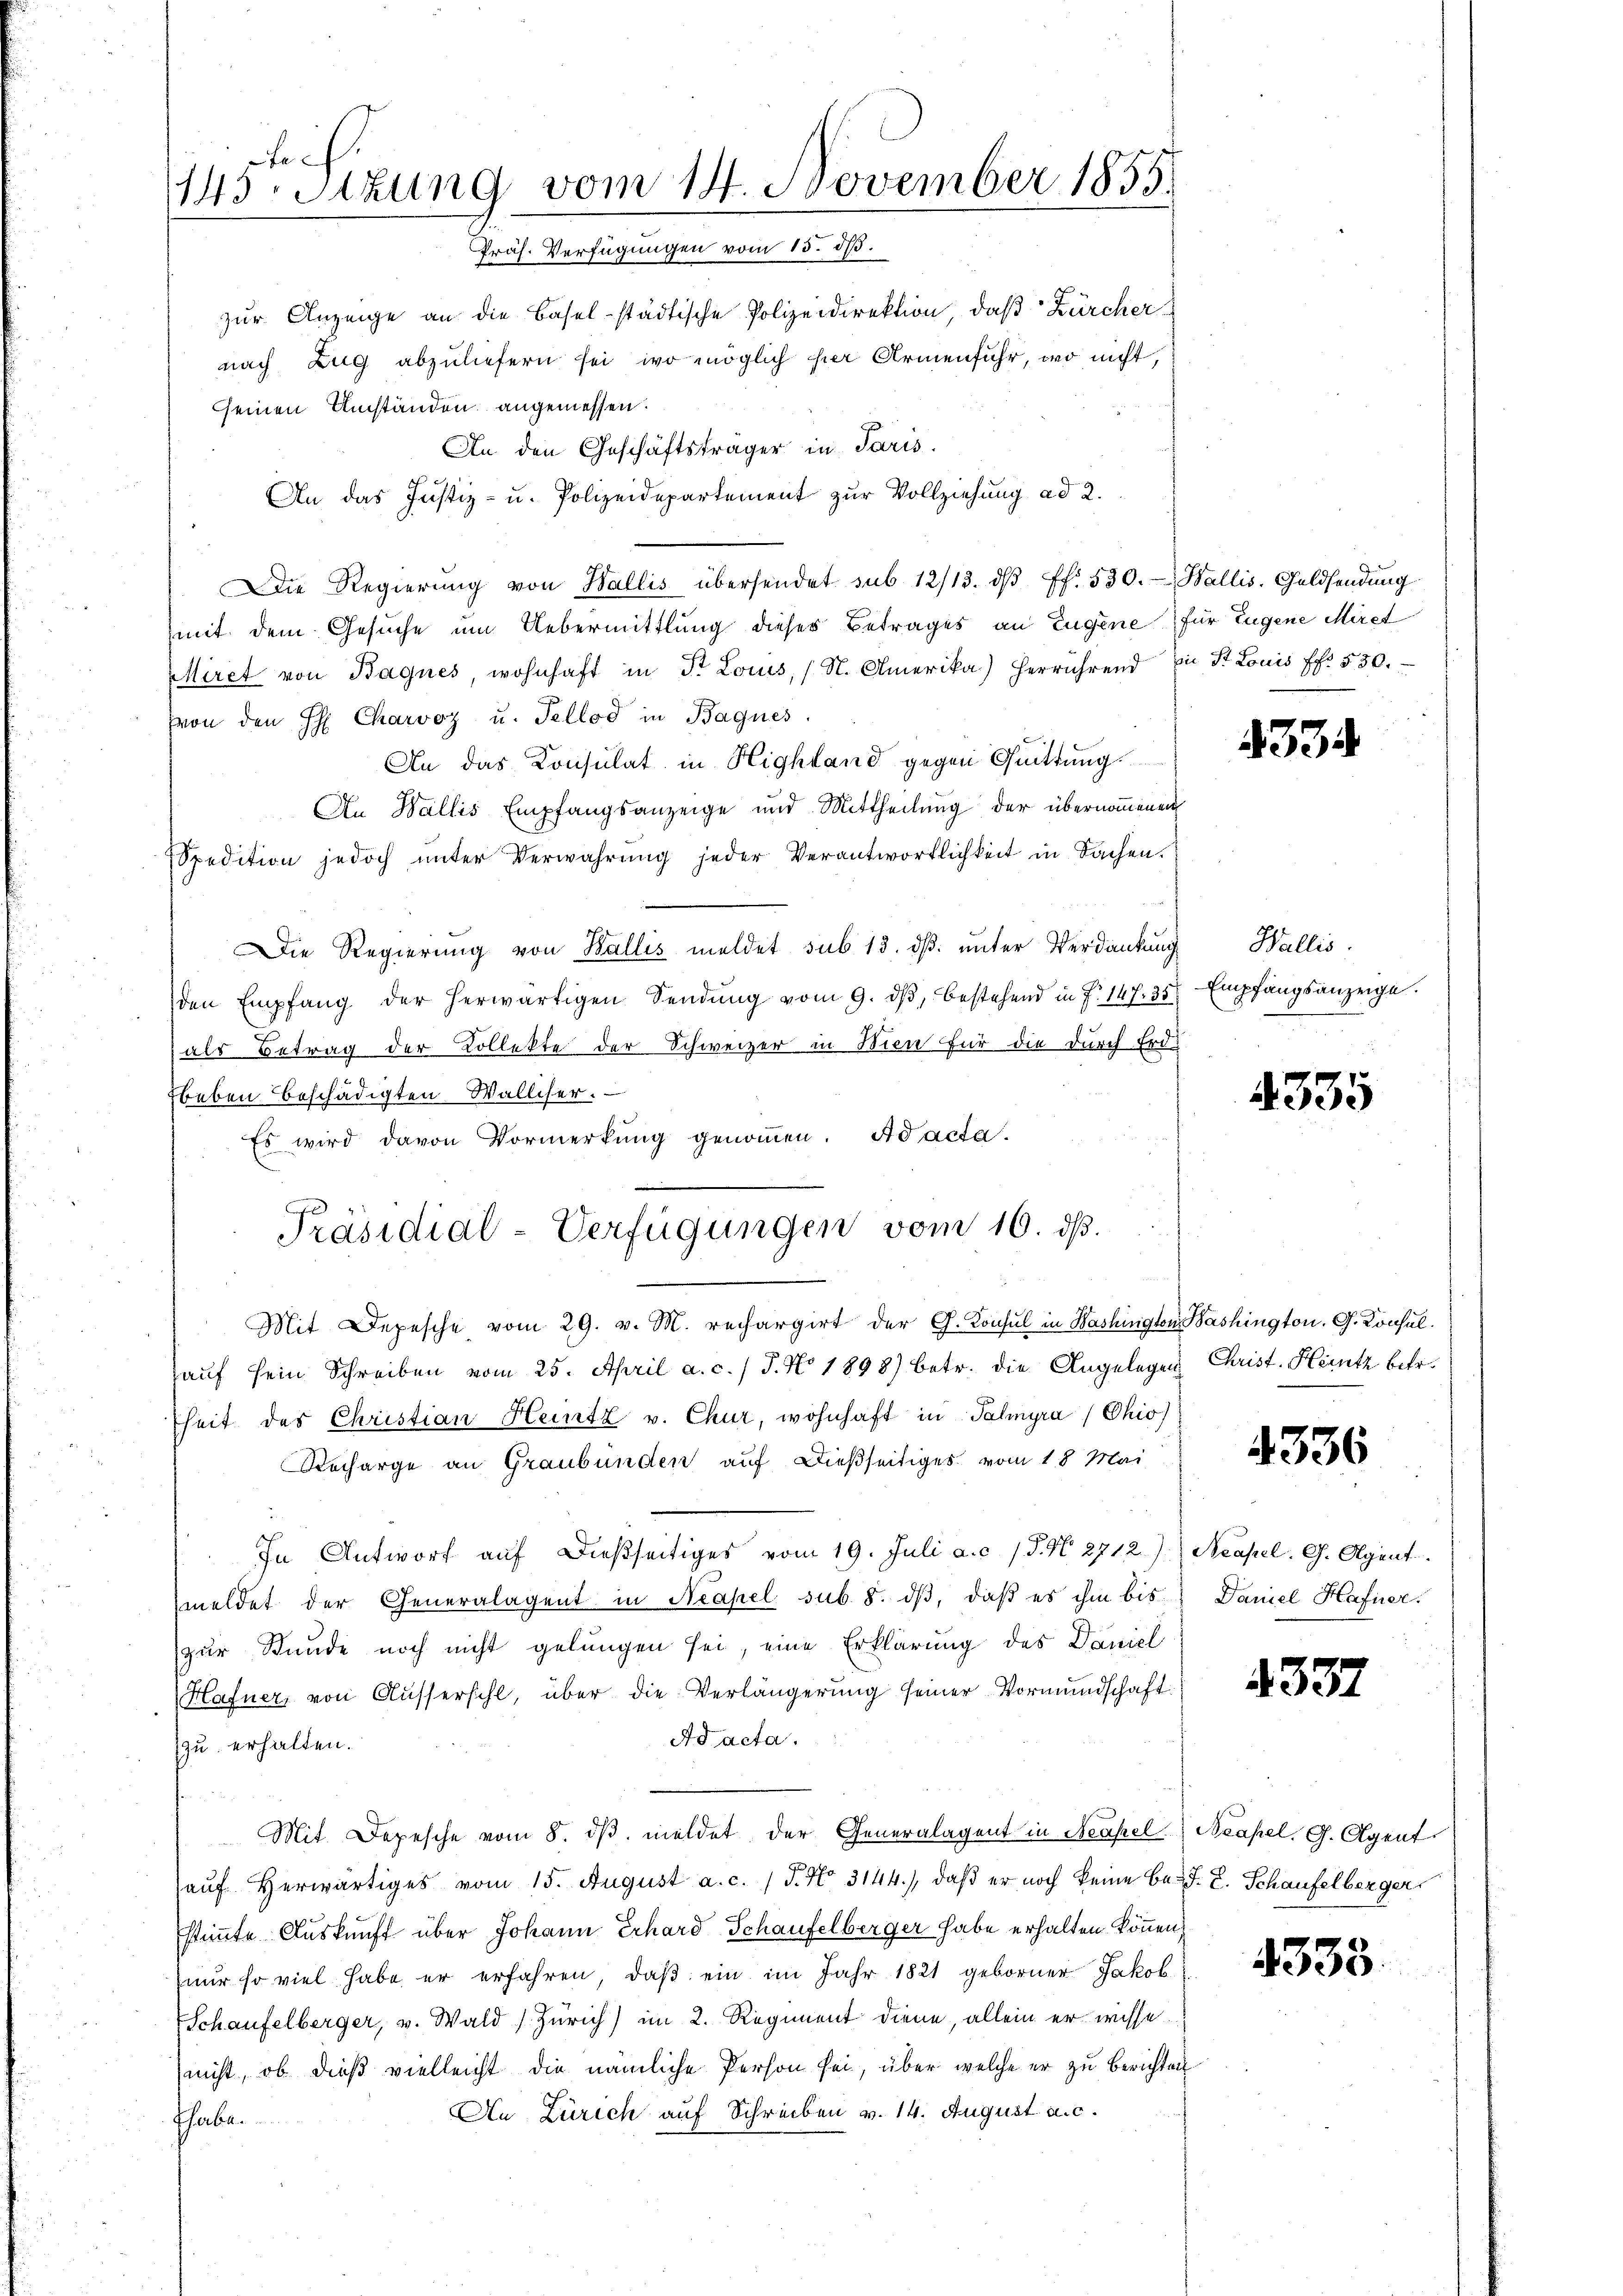
fe
143. Sitzung vom 14. November 1855.
Präs. Verfügungen vom 15. dß.

zur Anzeige an die Baselstädtische Polizeidirektion, daß Zürcher
nach Zug abzuliefern sei, wo möglich hier Armenfuhr, wo nicht,
seinen Umständen angemessen.
An den Geschäftsträger in Paris.
An das Justiz- u. Polizeidepartement zur Vollziehung ad 2.
Die Regierŭng von Wallis übersendet sub 12/13. dβ ff. 530. Wallis, Geldsendung
mit dem Gesuche um Uebermittlung dieser Betrages an Eugene für Eugene Miret
Miret von Bagnes, wohnhaft in St. Louis, (N. Amerika) herrührend in St. Louis ff. 550.
(von den H Charvoz u. Tellod in Bagues
An das Konsulat in Highland gegen Quittung
An Wallis Empfangsanzeige und Mittheilung der übernommenen
Spedition jedoch ŭnter Verwahrŭng jeder Verantwortlichkeit in Sachen.
Die Regierung von Wallis meldet sub 15. dß. unter Verdankung
den Empfang der herwärtigen Sendŭng vom 9. dβ, bestehend in P. 147. 35. Empfangsanzeige.
als Betrag der Kollekte der Schweizer in Wien für die durch Erd¬
Beben beschädigten Walliser.
2
Es wird davon Vormerkŭng genoṁen. Ad acta.
Mit Depesche vom 29. v. M. rechargirt der G. Konsul in Washington Bashington. G. Konsulaŭf sein Schreiben vom 25. April a. c. / J. No 1898) betr. die Angelegen Christ. Heintz betr.
heit des Christian Heitz v. Chur, wohnhaft in Palmyra (Chio)
Recharge an Graubünden auf dießseitiges vom 18. Mai
In Antworf auf dießseitiges vom 19. Juli a. c. (T. N. 2712). Neapel. G. Agent
meldet der Generalagent in Neapel sub. 8. dß, daß es ihm bis
zur Stunde noch nicht gelungen sei, eine Erklärung des Daniel
Hafner, von Ausserschl, über die Verlängerung seiner Vormundschaft
Ad acta.
zzu erhalten.
Mit Depesche vom 8. dβ meldet der Generalagent in Neapel Neapel, G. Agent
auf Herwärtiges vom 15. August a. c. (T. No 3144.), daß er noch keine be-J. L. Schaufelberger
stimmte Auskunft über Johann Erhard Schaufelberger habe erhalten können,
(nur so viel habe er erfahren, daß ein im Jahr 1821 geborner Jakob
Schaufelberger, v. Wald (Zürich) im 2. Regiment diene, allein er wisse.
nicht, ob dieß vielleicht die nämliche Person sei, über welche er zu Berichten
An Zürich auf Schreiben v. 14. August a. c.
thabe.

Präsidial-Verfügungen vom 16. ds.

4334

Wallis.

4335

4336

Daniel Hafner.

4332

4333